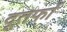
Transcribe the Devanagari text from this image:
दूतर्फा